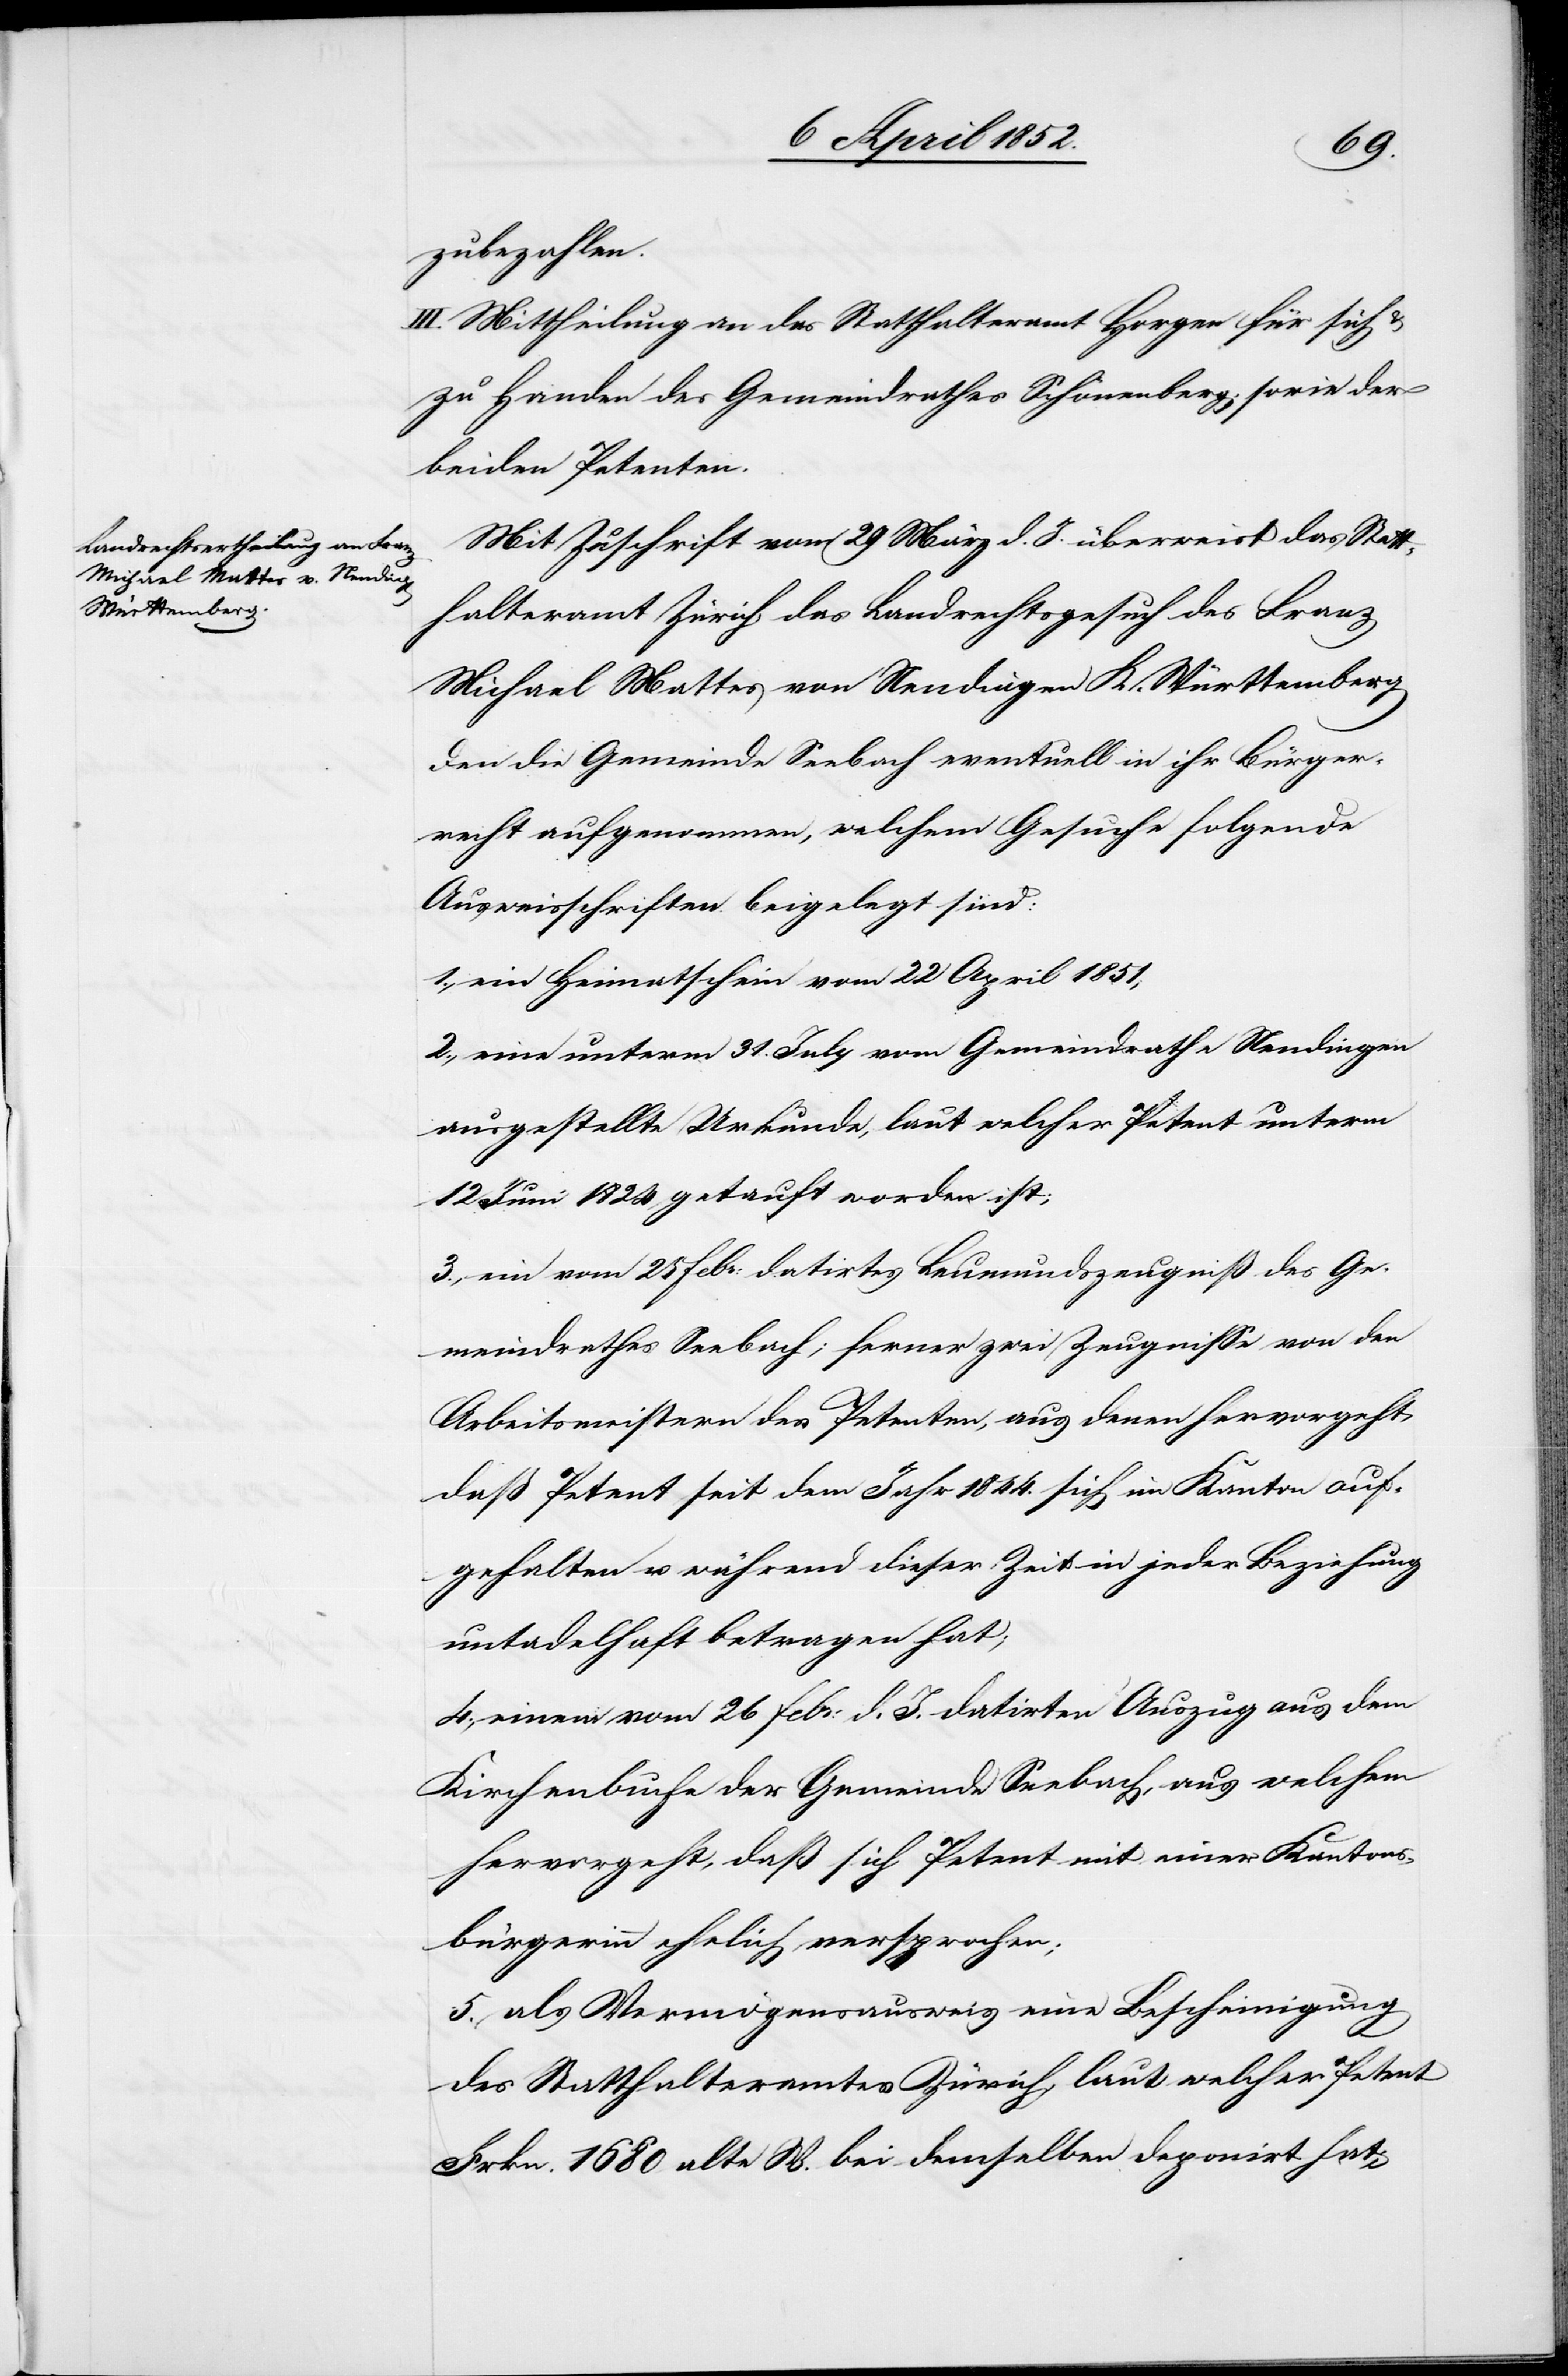
zubezahlen.
III. Mittheilung an das Statthalteramt Horgen für sich &
zu Handen des Gemeindrathes Schönenberg; sowie der
beiden Petenten.
Mit Zuschrift vom 29 März d. J. überweist das Statt¬
halteramt Zürich das Landrechtsgesuch des Franz
Michael Mattes von Nendingen K. Württemberg
den die Gemeinde Seebach eventuell in ihr Bürger¬
recht aufgenommen, welchem Gesuche folgende
Ausweisschriften beigelegt sind:
1., ein Heimatschein vom 22 April 1851;
2., eine unterm 31. July vom Gemeindrathe Nendingen
ausgestellte Urkunde, laut welcher Petent unterm
12 Juni 1824 getauft worden ist;
3., ein vom 25 Febr: datirtes Leumundszeugniß des Ge¬
meindrathes Seebach; ferner zwei Zeugnisse von den
Arbeitsmeistern des Petenten, aus denen hervorgeht,
daß Petent seit dem Jahr 1844. sich im Kanton auf¬
gehalten u. während dieser Zeit in jeder Beziehung
untadelhaft betragen hat;
4., einem [sic!] vom 26 Febr: d. J. datirten Auszug aus dem
Kirchenbuche der Gemeinde Seebach, aus welchem
hervorgeht, daß sich Petent mit einer Kantons¬
bürgerinn ehelich versprochen;
5. als Vermögensausweis eine Bescheinigung
des Statthalteramtes Zürich, laut welcher Petent
Frkn. 1680 alte W. bei demselben deponirt hat;